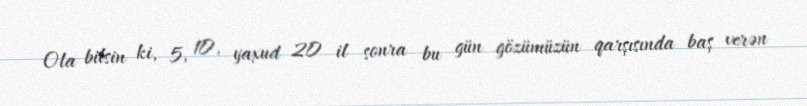
Ola bilsin ki, 5, 10, yaxud 20 il sonra bu gün gözümüzün qarşısında baş verən